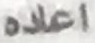
اعاده